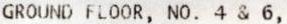
GROUND FLOOR, NO. 4 & 6,